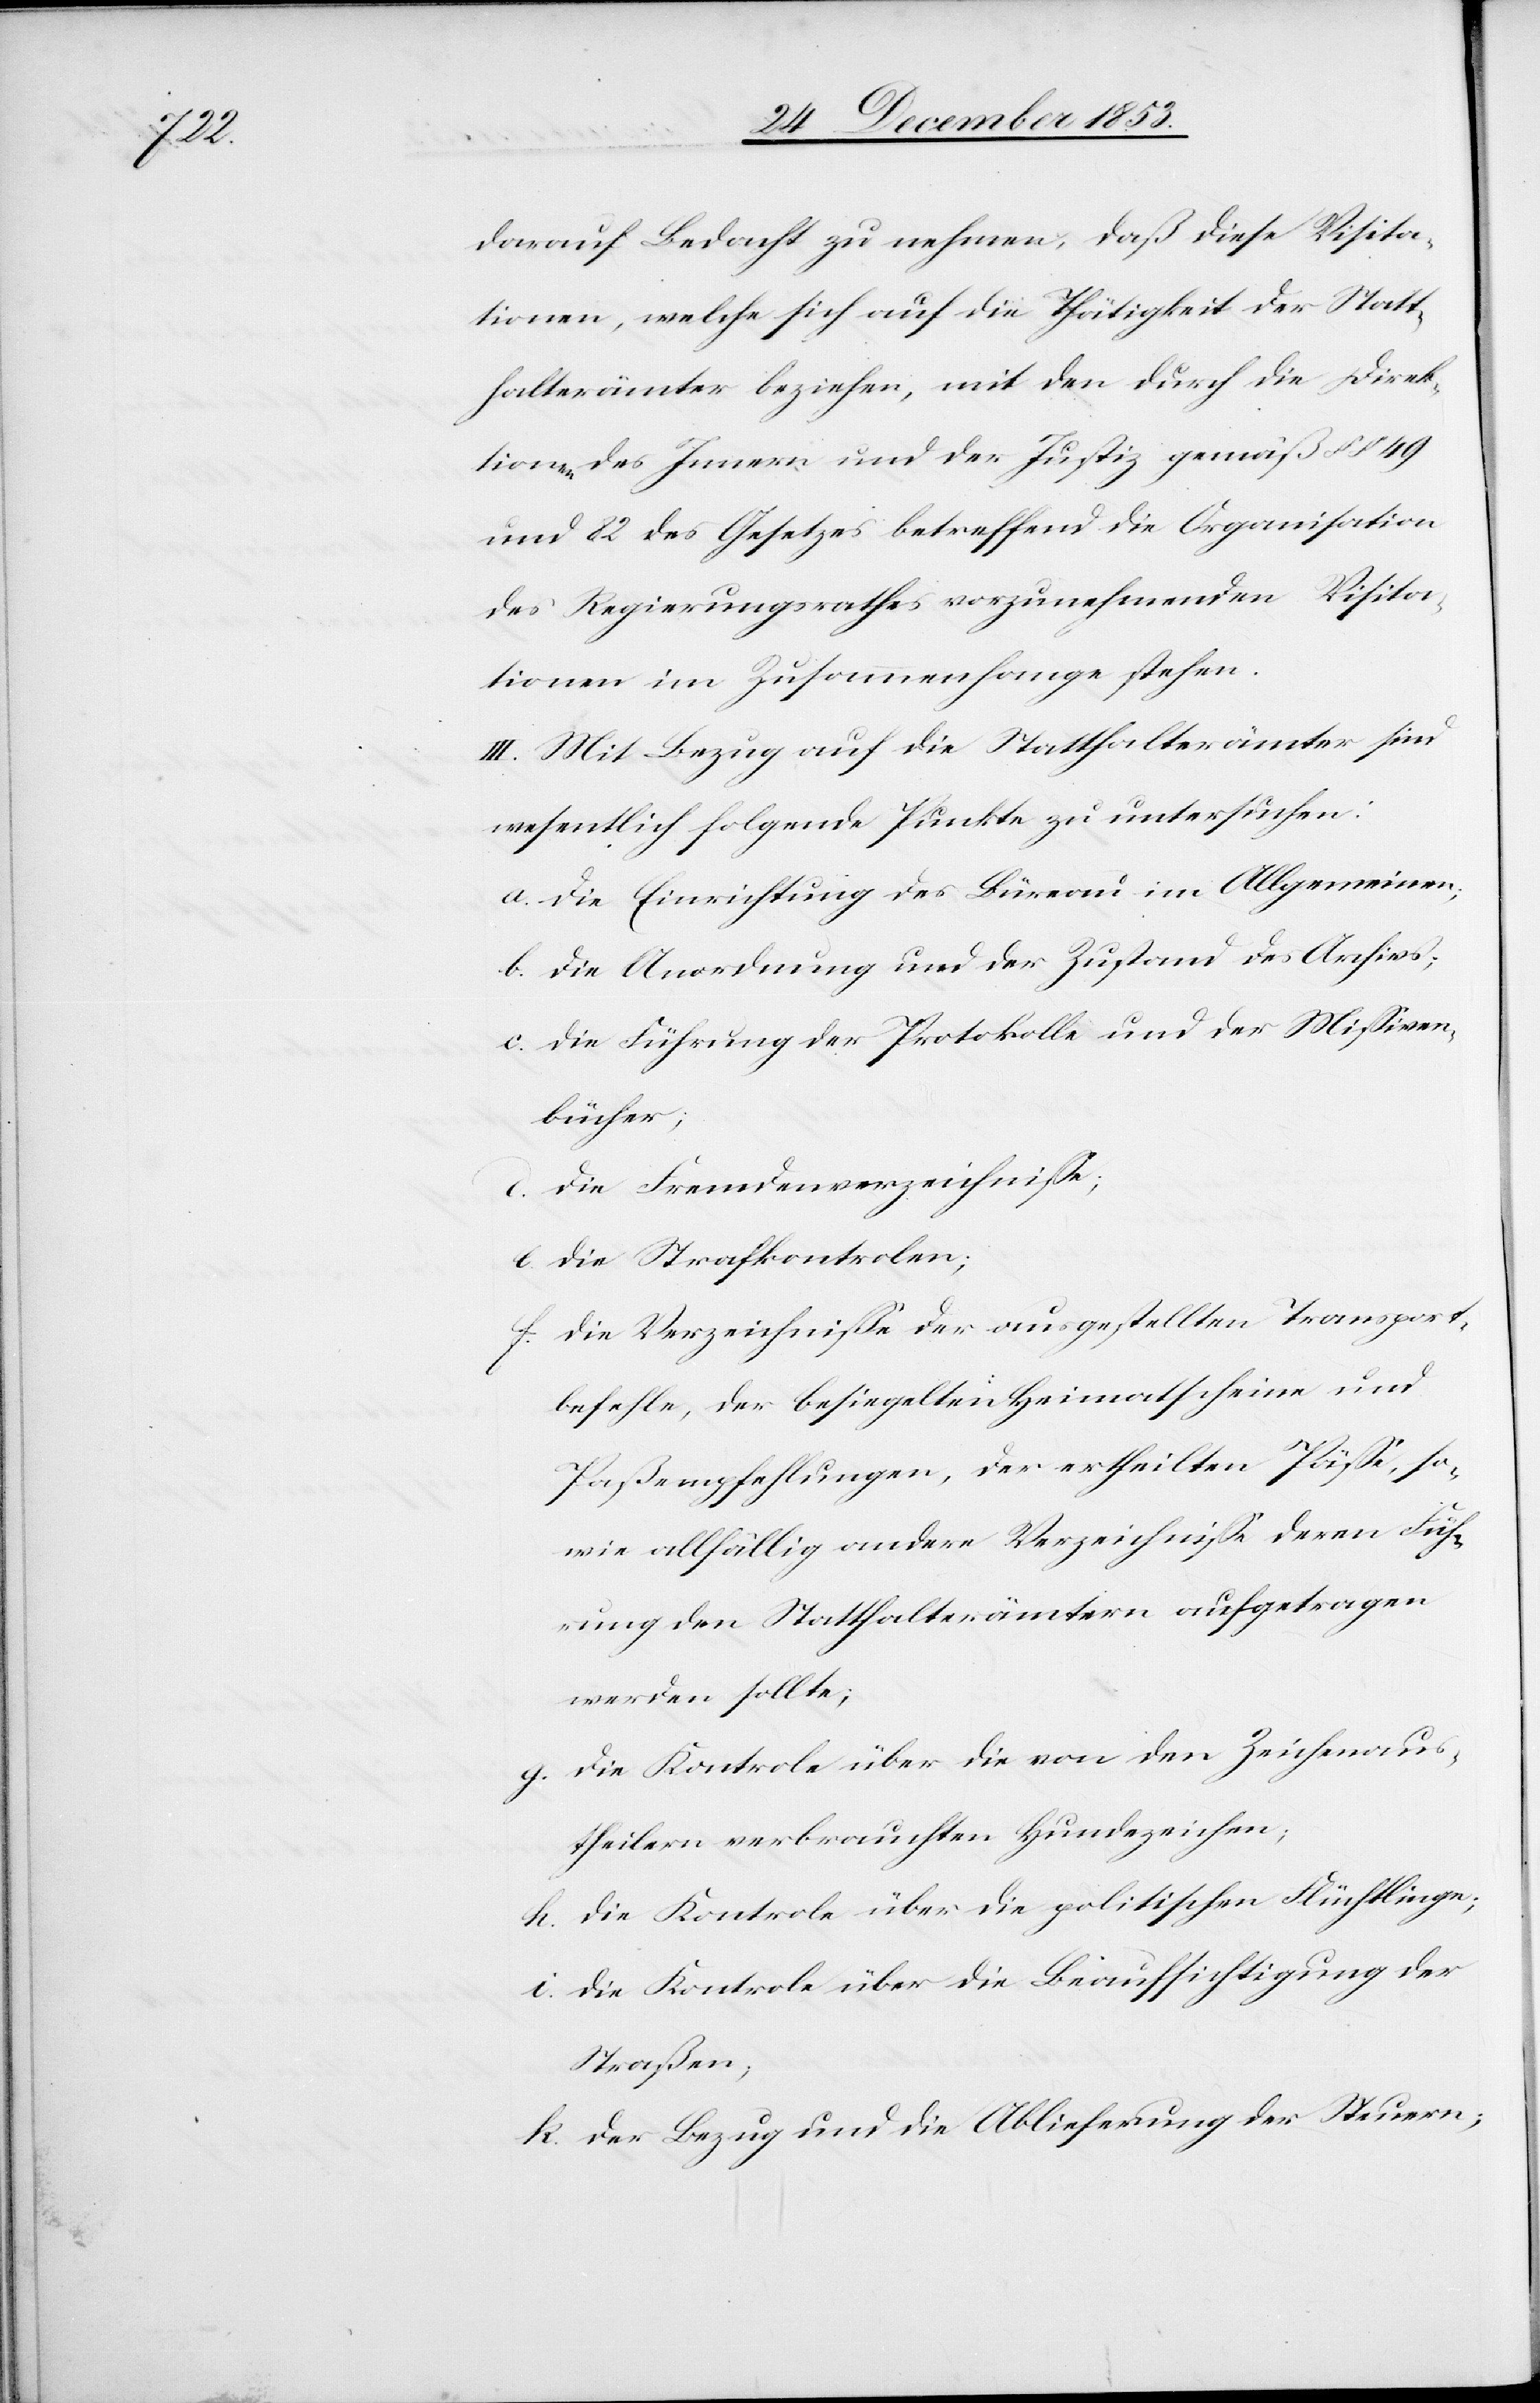
d.

darauf Bedacht zu nehmen, daß diese Visita¬
tionen, welche sich auf die Thätigkeit der Statt¬
halterämter beziehen, mit den durch die Direk¬
tionen des Innern und der Justiz gemäß §§ 49
und 82 des Gesetzes betreffend die Organisation
des Regierungsrathes vorzunehmenden Visita¬
tionen im Zusammenhange stehen.
III. Mit Bezug auf die Statthalterämter sind
wesentlich folgende Punkte zu untersuchen:
a. Die Einrichtung des Büreaus im Allgemeinen;
b. Die Anordnung und der Zustand des Archivs;
c. Die Führung der Protokolle und der Mißiven¬
bücher;
e. Die Strafkontrolen;
f. Die Verzeichniße der ausgestellten Transport¬
befehle, der besiegelten Heimatscheine und
Paßempfehlungen, der ertheilten Päße, so¬
wie allfällig andere Verzeichniße deren Füh¬
rung den Statthalterämtern aufgetragen
werden sollte;
g. Die Kontrole über die von den Zeichenaus¬
theilern verbrauchten Hundezeichen;
h. Die Kontrole über die politischen Flüchtlinge;
h. Die Kontrole über die Beaufsichtigung der
Straßen,
i. Der Bezug und die Ablieferung der Steuern;